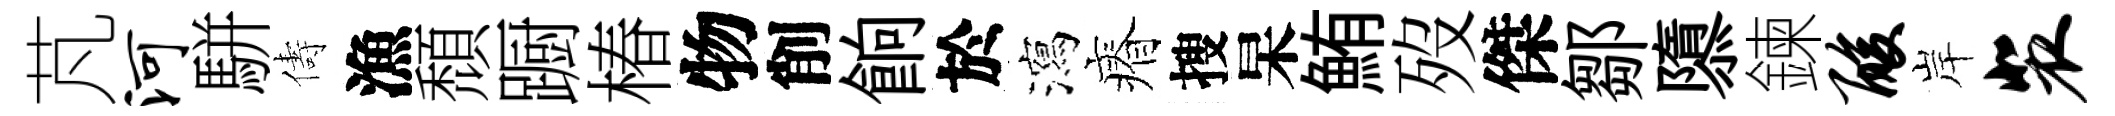
芃河駢儔漁頹蹰椿物削餉於瀉瘠搜杲鮪歿傑鄒隳鍊酸岸裴